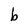
Character: b